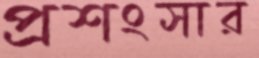
প্রশংসার